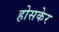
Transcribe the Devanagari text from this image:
होसकेर